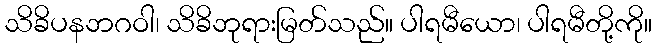
သိခိပနဘဂဝါ၊ သိခိဘုရားမြတ်သည်။ ပါရမီယော၊ ပါရမီတို့ကို။